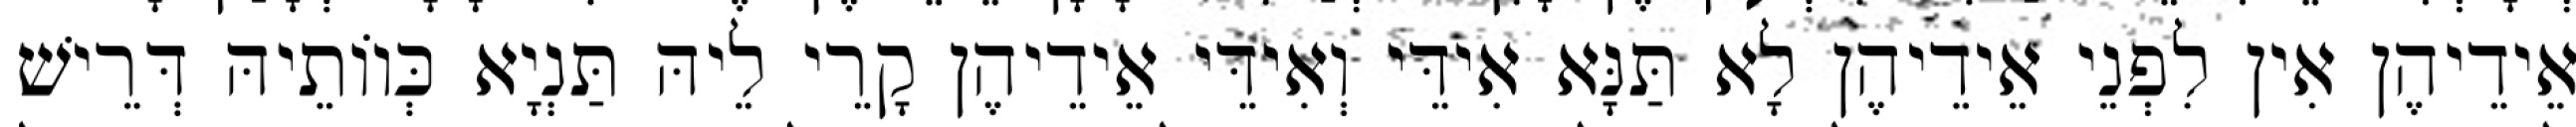
אֵידֵיהֶן אִין לִפְנֵי אֵידֵיהֶן לָא תַּנָּא אִידֵּי וְאִידֵּי אֵידֵיהֶן קָרֵי לֵיהּ תַּנְיָא כְּווֹתֵיהּ דְּרֵישׁ